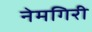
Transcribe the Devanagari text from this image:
नेमगिरी